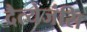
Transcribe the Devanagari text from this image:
दैत्येजंसि